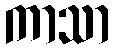
ကာသာ